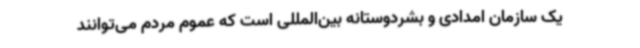
یک سازمان امدادی و بشردوستانه بین‌المللی است که عموم مردم می‌توانند